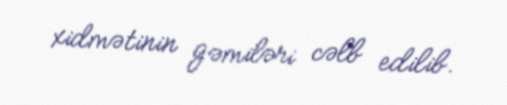
xidmətinin gəmiləri cəlb edilib.